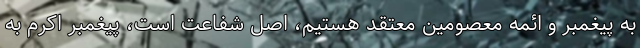
به پیغمبر و ائمه معصومین معتقد هستیم، اصل شفاعت است، پیغمبر اکرم به